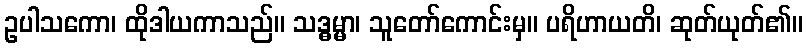
ဥပါသကော၊ ထိုဒါယကာသည်။ သဒ္ဓမ္မာ၊ သူတော်ကောင်းမှ။ ပရိဟာယတိ၊ ဆုတ်ယုတ်၏။